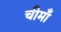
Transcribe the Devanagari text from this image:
चीमाँ